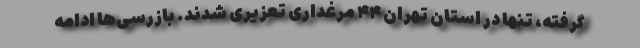
گرفته، تنها در استان تهران ۴۴ مرغداری تعزیری شدند. بازرسی‌ها ادامه